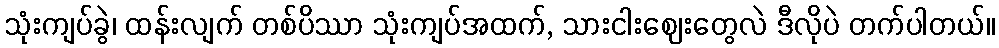
သုံးကျပ်ခွဲ၊ ထန်းလျက် တစ်ပိဿာ သုံးကျပ်အထက်, သားငါးဈေးတွေလဲ ဒီလိုပဲ တက်ပါတယ်။